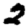
Digit: 2